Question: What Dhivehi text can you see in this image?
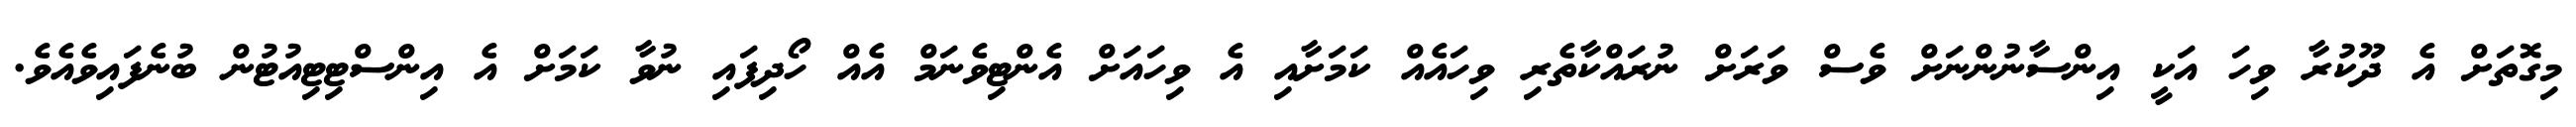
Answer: މިގޮތަށް އެ ދޫކުރާ ވިހަ އަކީ އިންސާނުންނަށް ވެސް ވަރަށް ނުރައްކާތެރި ވިހައެއް ކަމަށާއި އެ ވިހައަށް އެންޓިވެނަމް އެއް ހޯދިފައި ނުވާ ކަމަށް އެ އިންސްޓިޓިއުޓުން ބުނެފައިވެއެވެ.